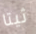
ثيتا